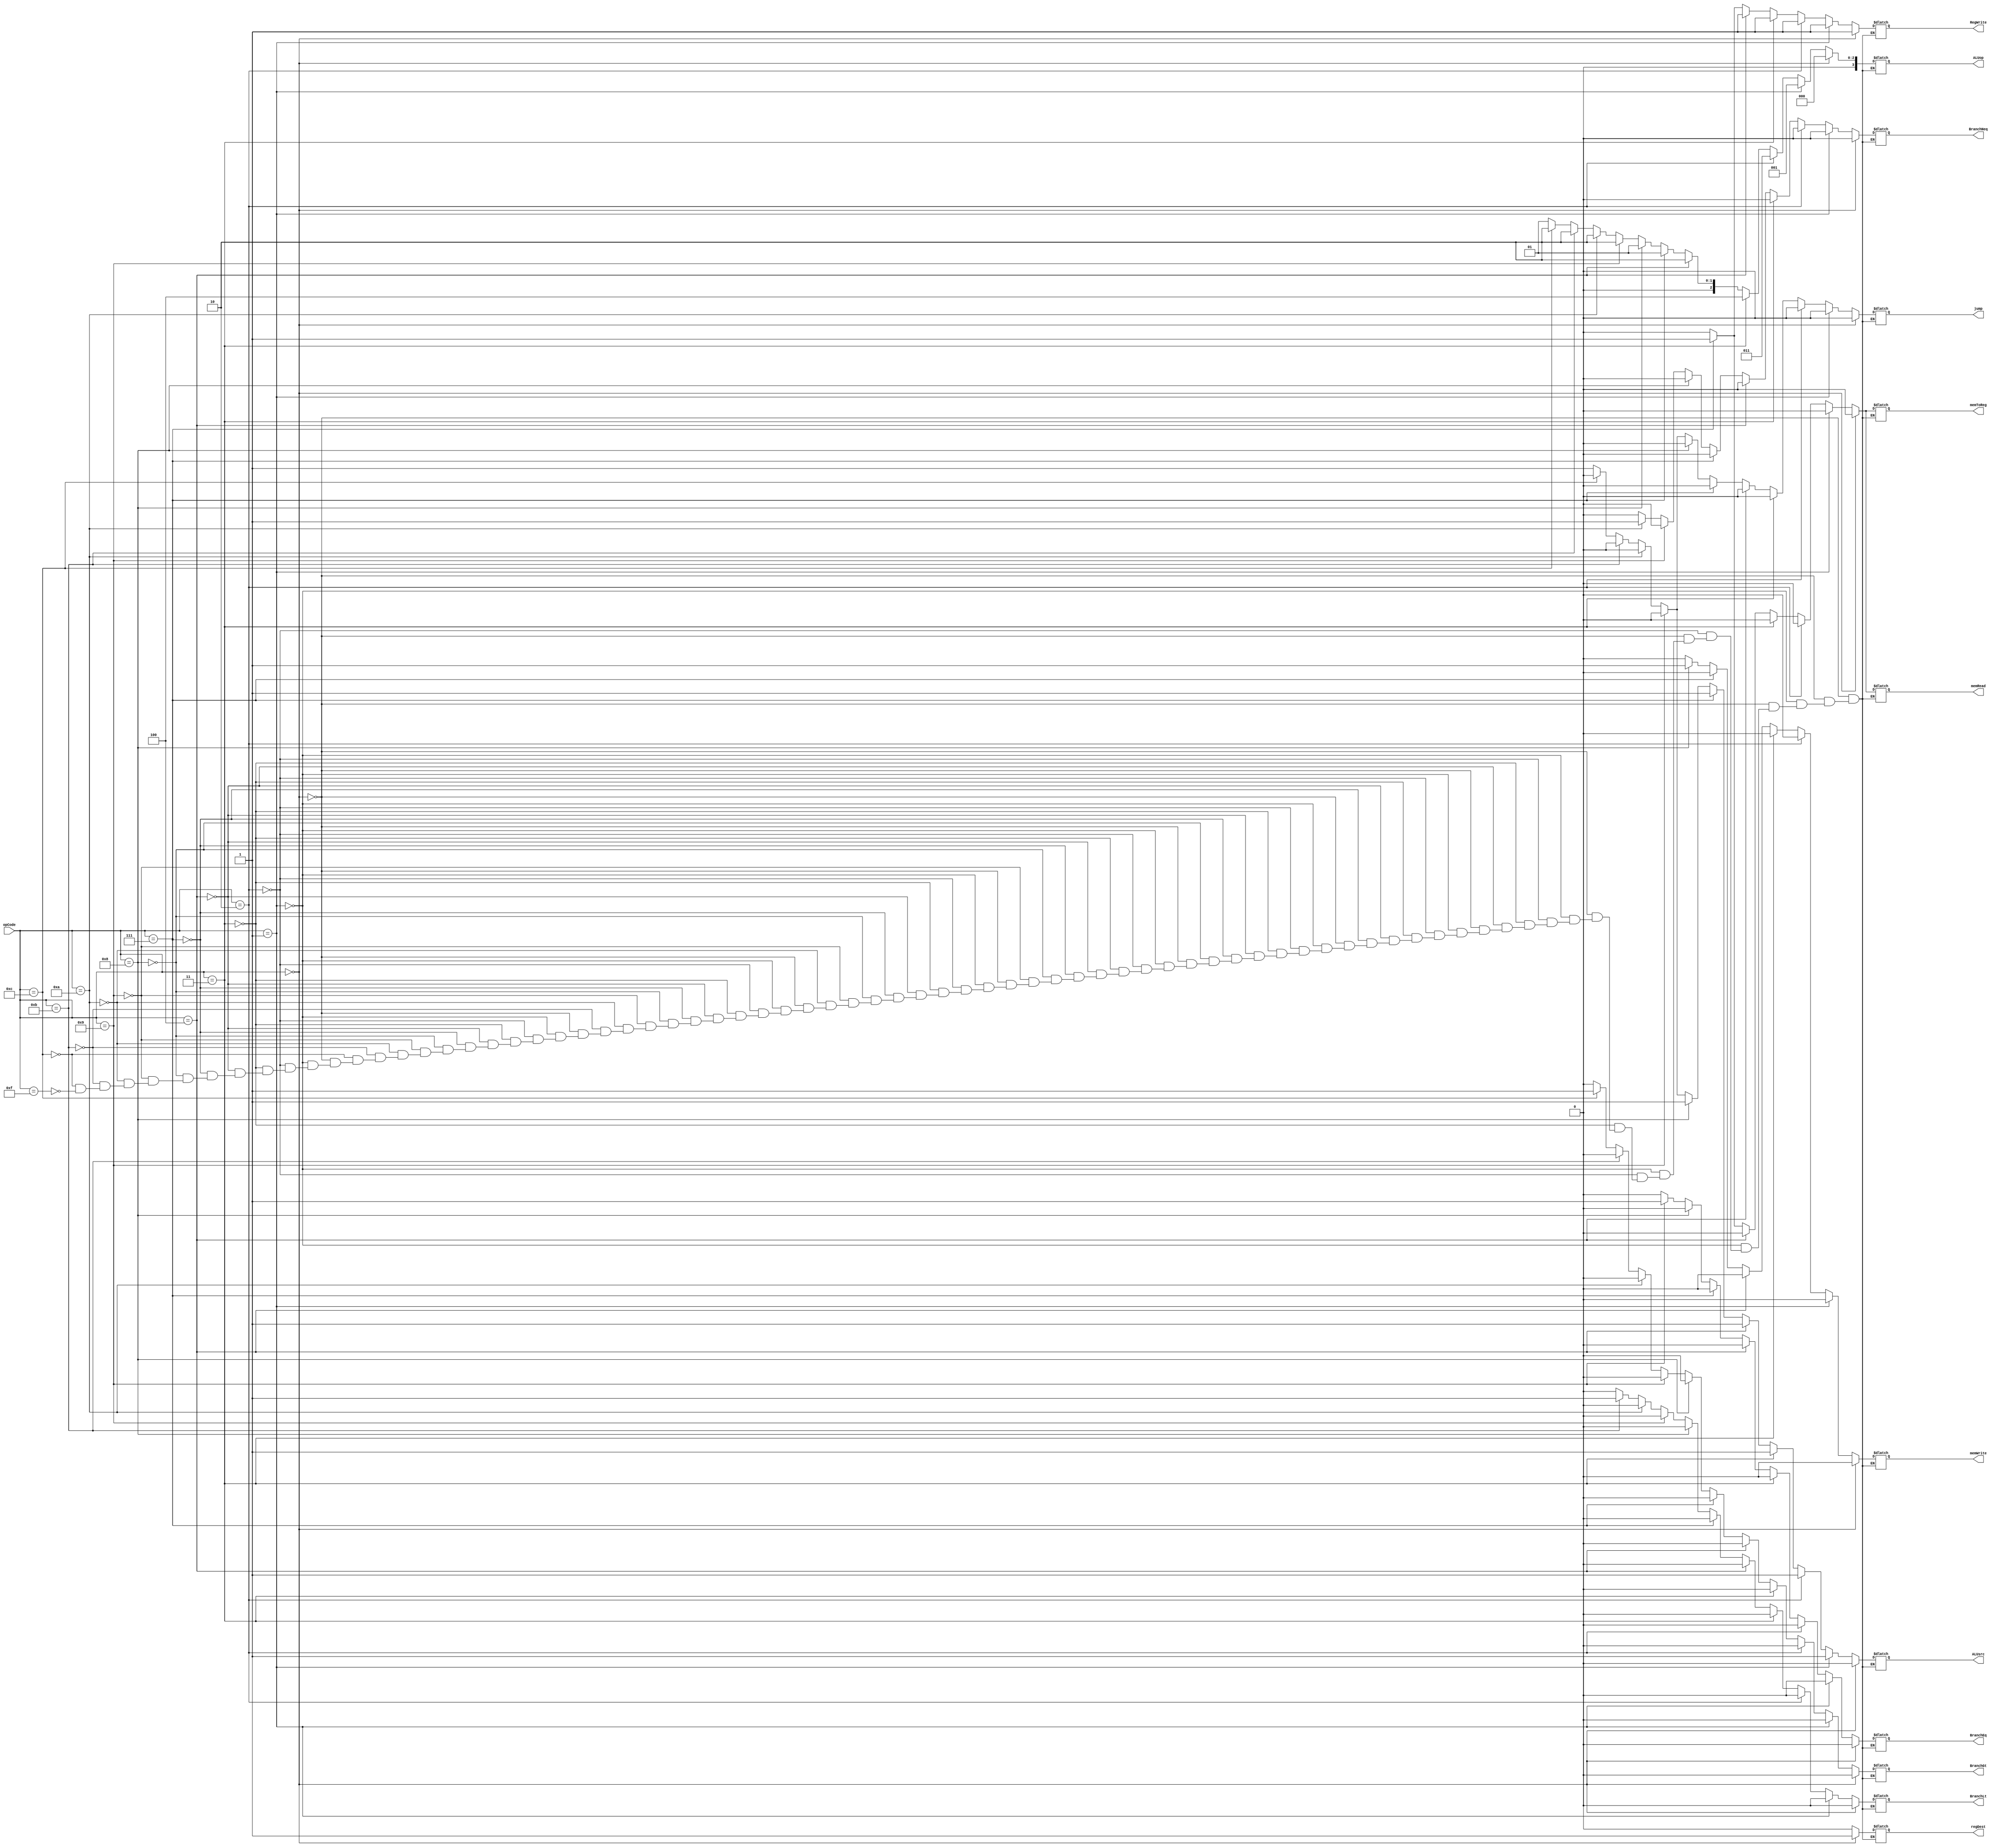
module controlUnit(input[3:0] opCode, output reg regDest,jump, BranchEq, BranchNeq, BranchGt, BranchLt, memRead, memToReg,
 output reg [3:0]ALUop, output reg memWrite, ALUsrc, RegWrite);
 
always @(opCode)begin
	//R Type
	if(opCode == 4'b0000)begin
		regDest = 1'b1;
		jump = 1'b0;
		BranchEq = 1'b0;
		BranchNeq = 1'b0;
		BranchGt = 1'b0;
		BranchLt = 1'b0;
		memRead = 1'b0;
		memToReg = 1'b0;
		ALUop = 3'b000;
		memWrite = 1'b0;
		ALUsrc = 1'b0;
		RegWrite = 1'b1;
	end
	//addi
	else if(opCode == 4'b0001)begin
		regDest = 1'b0;
		jump = 1'b0;
		BranchEq = 1'b0;
		BranchNeq = 1'b0;
		BranchGt = 1'b0;
		BranchLt = 1'b0;
		memRead = 1'b0;
		memToReg = 1'b0;
		ALUop = 3'b001;
		memWrite = 1'b0;
		ALUsrc = 1'b1;
		RegWrite = 1'b1;
	end
	//andi
	else if(opCode == 4'b0010)begin
		regDest = 1'b0;
		jump = 1'b0;
		BranchEq = 1'b0;
		BranchNeq = 1'b0;
		BranchGt = 1'b0;
		BranchLt = 1'b0;
		memRead = 1'b0;
		memToReg = 1'b0;
		ALUop = 3'b011;
		memWrite = 1'b0;
		ALUsrc = 1'b1;
		RegWrite = 1'b1;
	end
	//ori
	else if(opCode == 4'b0011)begin
		regDest = 1'b0;
		jump = 1'b0;
		BranchEq = 1'b0;
		BranchNeq = 1'b0;
		BranchGt = 1'b0;
		BranchLt = 1'b0;
		memRead = 1'b0;
		memToReg = 1'b0;
		ALUop = 3'b100;
		memWrite = 1'b0;
		ALUsrc = 1'b1;
		RegWrite = 1'b1;
	end
	//subi
	else if(opCode == 4'b0100)begin
		regDest = 1'b0;
		jump = 1'b0;
		BranchEq = 1'b0;
		BranchNeq = 1'b0;
		BranchGt = 1'b0;
		BranchLt = 1'b0;
		memRead = 1'b0;
		memToReg = 1'b0;
		ALUop = 3'b010;
		memWrite = 1'b0;
		ALUsrc = 1'b1;
		RegWrite = 1'b1;
	end
	//load word (lhw)
	else if(opCode == 4'b0111)begin
		regDest = 1'b0;
		jump = 1'b0;
		BranchEq = 1'b0;
		BranchNeq = 1'b0;
		BranchGt = 1'b0;
		BranchLt = 1'b0;
		memRead = 1'b1;
		memToReg = 1'b1;
		ALUop = 3'b001;
		memWrite = 1'b0;
		ALUsrc = 1'b1;
		RegWrite = 1'b1;
	end
	//store word (Shw)
	else if(opCode == 4'b1000)begin
		regDest = 1'b0;
		jump = 1'b0;
		BranchEq = 1'b0;
		BranchNeq = 1'b0;
		BranchGt = 1'b0;
		BranchLt = 1'b0;
		memRead = 1'b0;
		memToReg = 1'b0;
		ALUop = 3'b001;
		memWrite = 1'b1;
		ALUsrc = 1'b1;
		RegWrite = 1'b0;
	end
	//beq
	else if(opCode == 4'b1001)begin
		regDest = 1'b0;
		jump = 1'b0;
		BranchEq = 1'b1;
		BranchNeq = 1'b0;
		BranchGt = 1'b0;
		BranchLt = 1'b0;
		memRead = 1'b0;
		memToReg = 1'b0;
		ALUop = 3'b010;
		memWrite = 1'b0;
		ALUsrc = 1'b0;
		RegWrite = 1'b0;
	end
	//bne
	else if(opCode == 4'b1010)begin
		regDest = 1'b0;
		jump = 1'b0;
		BranchEq = 1'b0;
		BranchNeq = 1'b1;
		BranchGt = 1'b0;
		BranchLt = 1'b0;
		memRead = 1'b0;
		memToReg = 1'b0;
		ALUop = 3'b010;
		memWrite = 1'b0;
		ALUsrc = 1'b0;
		RegWrite = 1'b0;
	end
	//blt
	else if(opCode == 4'b1011)begin
		regDest = 1'b0;
		jump = 1'b0;
		BranchEq = 1'b0;
		BranchNeq = 1'b0;
		BranchGt = 1'b0;
		BranchLt = 1'b1;
		memRead = 1'b0;
		memToReg = 1'b0;
		ALUop = 3'b010;
		memWrite = 1'b0;
		ALUsrc = 1'b0;
		RegWrite = 1'b0;
	end
	//bgt
	else if(opCode == 4'b1100)begin
		regDest = 1'b0;
		jump = 1'b0;
		BranchEq = 1'b0;
		BranchNeq = 1'b0;
		BranchGt = 1'b1;
		BranchLt = 1'b0;
		memRead = 1'b0;
		memToReg = 1'b0;
		ALUop = 3'b010;
		memWrite = 1'b0;
		ALUsrc = 1'b0;
		RegWrite = 1'b0;
	end
	//jump
	else if(opCode == 4'b1111)begin
		regDest = 1'b0;
		jump = 1'b1;
		BranchEq = 1'b0;
		BranchNeq = 1'b0;
		BranchGt = 1'b0;
		BranchLt = 1'b0;
		memRead = 1'b0;
		memToReg = 1'b0;
		ALUop = 3'b001;
		memWrite = 1'b0;
		ALUsrc = 1'b1;
		RegWrite = 1'b0;
	end
end
endmodule